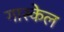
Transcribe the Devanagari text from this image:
गास्केल